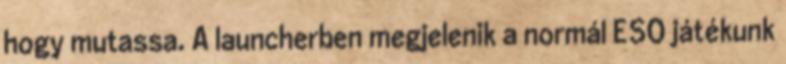
hogy mutassa. A launcherben megjelenik a normál ESO játékunk